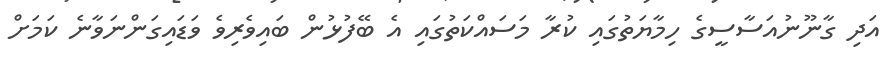
އަދި ގާނޫނުއަސާސީގެ ހިމާޔަތުގައި ކުރާ މަސައްކަތުގައި އެ ބޭފުޅުން ބައިވެރިވެ ވަޑައިގަންނަވާނެ ކަމަށް